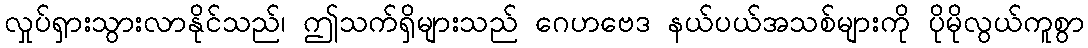
လှုပ်ရှားသွားလာနိုင်သည်၊ ဤသက်ရှိများသည် ဂေဟဗေဒ နယ်ပယ်အသစ်များကို ပိုမိုလွယ်ကူစွာ